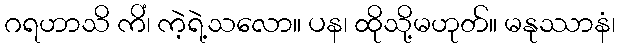
ဂရဟာသိ ကိံ၊ ကဲ့ရဲ့သလော။ ပန၊ ထိုသို့မဟုတ်။ မနုဿာနံ၊